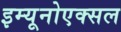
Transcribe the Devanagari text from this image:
इम्यूनोएक्सल